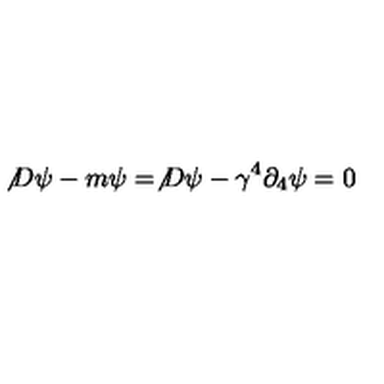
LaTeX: \not { D } \psi - m \psi = \not { D } \psi - \gamma ^ { 4 } \partial _ { 4 } \psi = 0